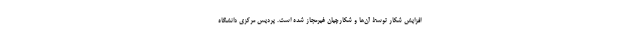
افزایش شکار توسط آن‌ها و شکارچیان غیرمجاز شده است. پردیس مرکزی دانشگاه